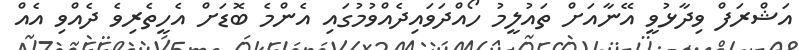
އަޝްރަފް ވިދާޅުވީ އޭނާއަށް ތައުލީމު ހޯއްދަވައިދެއްވުމުގައި އެންމެ ބޮޑަށް އެހީތެރިވެ ދެއްވި އެއް